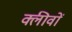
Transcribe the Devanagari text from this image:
क्लीवों